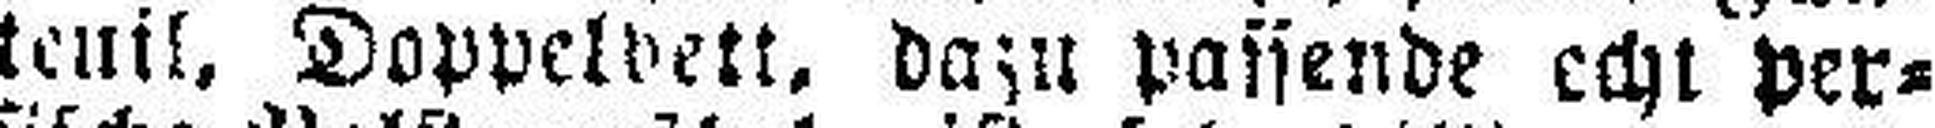
teuil, Doppelbett, dazu passende echt per¬